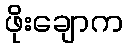
ဖိုးချောက